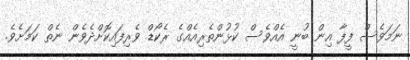
ނަމަވެސް ފީފާ އިން ބުނީ އެއްވެސް ކުޅުންތެރިއެއްގެ ރެކޯޑް ވެރިފައިކޮށްދެވެން ނެތް ކަމަށެވެ.